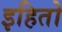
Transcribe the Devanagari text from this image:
इहितो